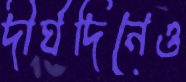
দীর্ঘদিনেও